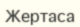
Жертаса